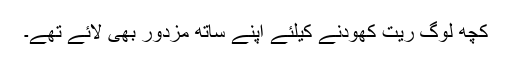
کچھ لوگ ریت کھودنے کیلئے اپنے ساتھ مزدور بھی لائے تھے۔